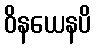
ဝိနယေနပိ